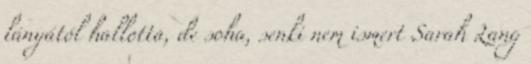
lányától hallotta, de soha, senki nem ismert Sarah Lang